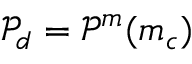
\mathcal { P } _ { d } = \mathcal { P } ^ { m } ( m _ { c } )